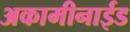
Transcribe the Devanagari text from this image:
अकामीनाईड